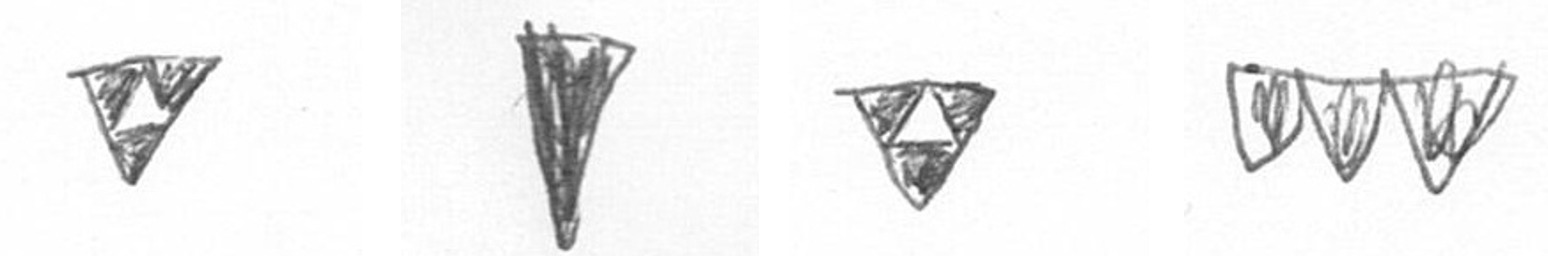
S J S L